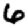
Digit: 6